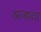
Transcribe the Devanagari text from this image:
अजाता